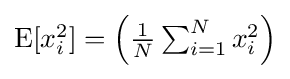
{\textstyle \operatorname {E} [x_{i}^{2}]=\left({\frac {1}{N}}\sum _{i=1}^{N}x_{i}^{2}\right)}